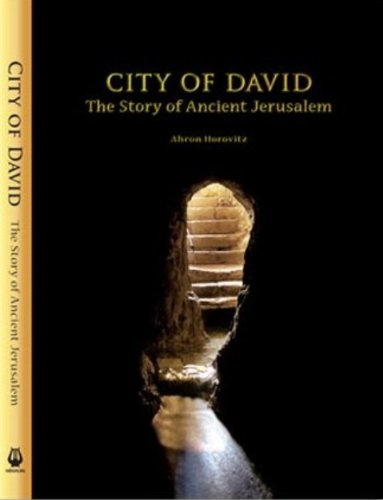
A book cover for City of David: The Story of Ancient Jerusalem; Ahron Horovitz; History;